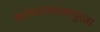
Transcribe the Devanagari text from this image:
स्थापत्यशास्त्रापुरता